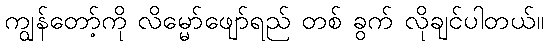
ကျွန်တော့်ကို လိမ္မော်ဖျော်ရည် တစ် ခွက် လိုချင်ပါတယ်။